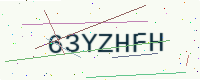
Text: 63YZHFH